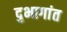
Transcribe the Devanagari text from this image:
दुभागांत